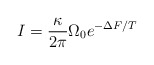
\begin{align*}I = \frac{\kappa}{2\pi} \Omega_0 e^{-\Delta F/T}\end{align*}